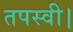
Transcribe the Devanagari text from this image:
तपस्वी।